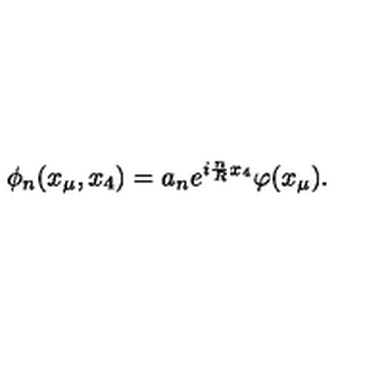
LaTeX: \phi _ { n } ( x _ { \mu } , x _ { 4 } ) = a _ { n } e ^ { i \frac { n } { R } x _ { 4 } } \varphi ( x _ { \mu } ) .